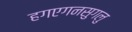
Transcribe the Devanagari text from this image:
हगएगनसुगलु